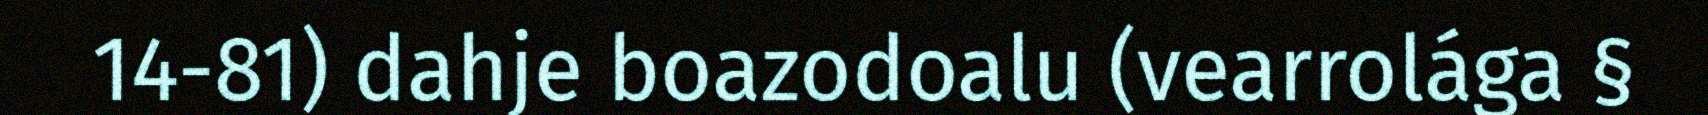
14-81) dahje boazodoalu (vearrolága §